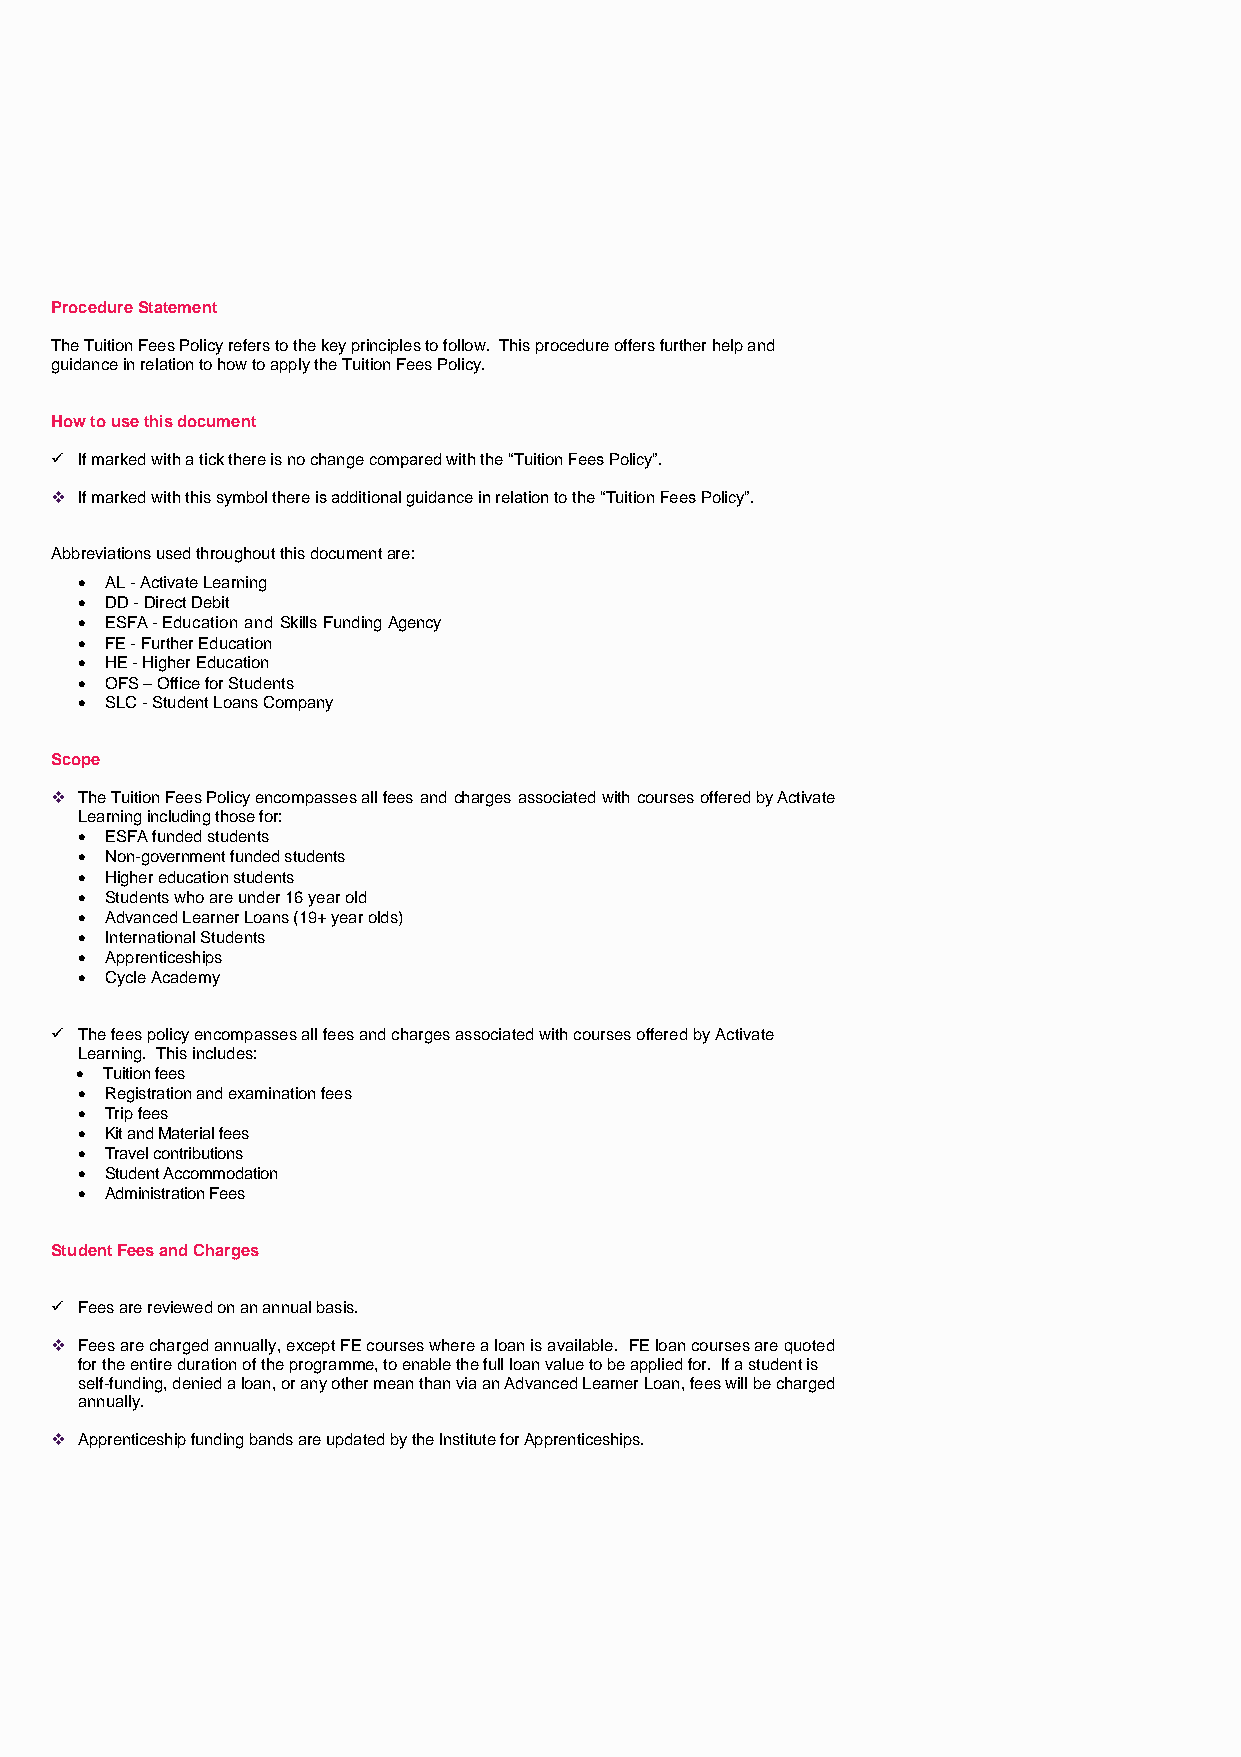
Procedure Statement
 The Tuition Fees Policy refers to the key principles to follow. This procedure offers further help and
 guidance in relation to how to apply the Tuition Fees Policy.
 How to use this document
 ✓ If marked with a tick there is no change compared with the “Tuition Fees Policy”.
 ❖ If marked with this symbol there is additional guidance in relation to the “Tuition Fees Policy”.
 Abbreviations used throughout this document are:
 • AL - Activate Learning
 • DD - Direct Debit
 • ESFA - Education and Skills Funding Agency
 • FE - Further Education
 • HE - Higher Education
 • OFS – Office for Students
 • SLC - Student Loans Company
 Scope
 ❖ The Tuition Fees Policy encompasses all fees and charges associated with courses offered by Activate
 Learning including those for:
 • ESFA funded students
 • Non-government funded students
 • Higher education students
 • Students who are under 16 year old
 • Advanced Learner Loans (19+ year olds)
 • International Students
 • Apprenticeships
 • Cycle Academy
 ✓ The fees policy encompasses all fees and charges associated with courses offered by Activate
 Learning. This includes:
 • Tuition fees
 • Registration and examination fees
 • Trip fees
 • Kit and Material fees
 • Travel contributions
 • Student Accommodation
 • Administration Fees
 Student Fees and Charges
 ✓ Fees are reviewed on an annual basis.
 ❖ Fees are charged annually, except FE courses where a loan is available. FE loan courses are quoted
 for the entire duration of the programme, to enable the full loan value to be applied for. If a student is
 self-funding, denied a loan, or any other mean than via an Advanced Learner Loan, fees will be charged
 annually.
 ❖ Apprenticeship funding bands are updated by the Institute for Apprenticeships.